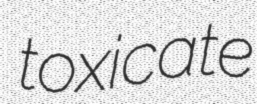
toxicate